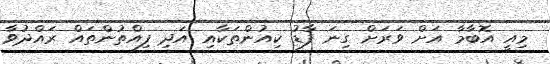
މިއީ އޮބާމާ އަށް ވަރަށް ގިނަ ފާޑު ކިއުންތަކާއި އަދި ފިއްތުންތައް ރައްދުވާ